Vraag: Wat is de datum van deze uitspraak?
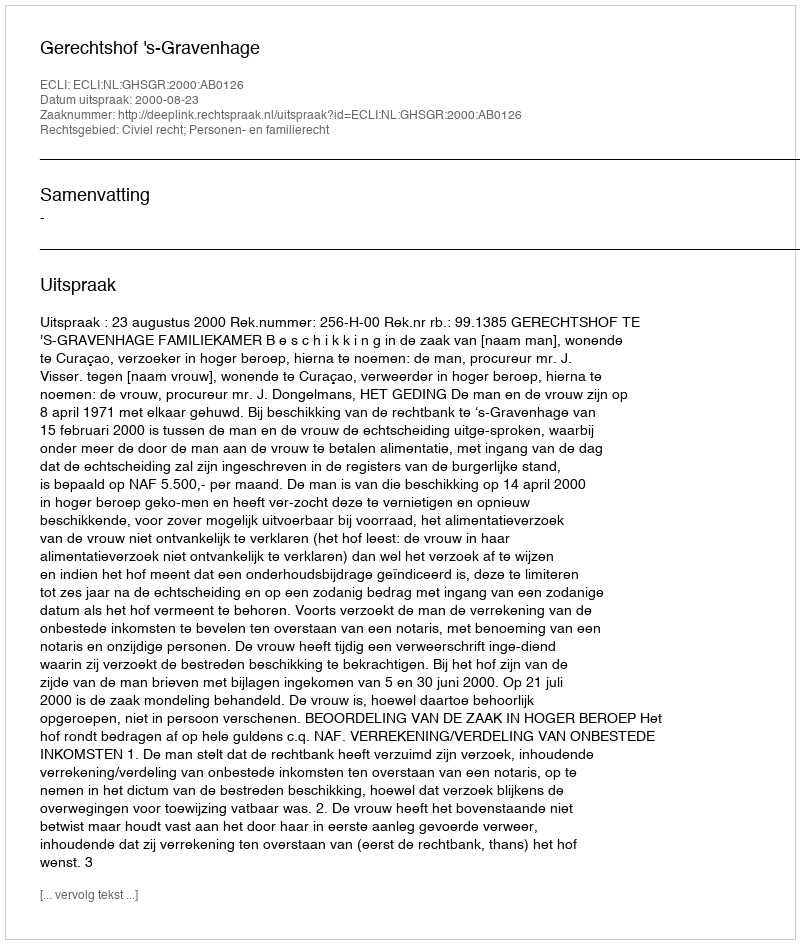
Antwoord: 2000-08-23